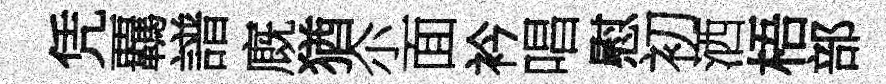
凭覊譜廐猶尒面衿唱慰初洒梧部